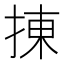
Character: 㨂